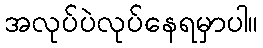
အလုပ်ပဲလုပ်နေရမှာပါ။